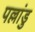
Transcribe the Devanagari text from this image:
पल्लांडु